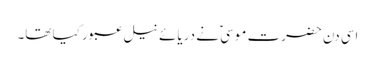
اسی دن حضرت موسیؑ نے دریائے نیل عبور کیا تھا۔